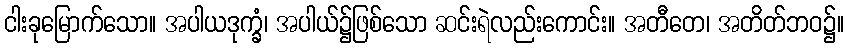
ငါးခုမြောက်သော။ အပါယဒုက္ခံ၊ အပါယ်၌ဖြစ်သော ဆင်းရဲလည်းကောင်း။ အတီတေ၊ အတိတ်ဘဝ၌။